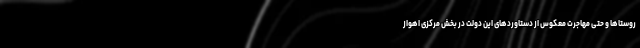
روستاها و حتی مهاجرت معکوس از دستاوردهای این دولت در بخش مرکزی اهواز